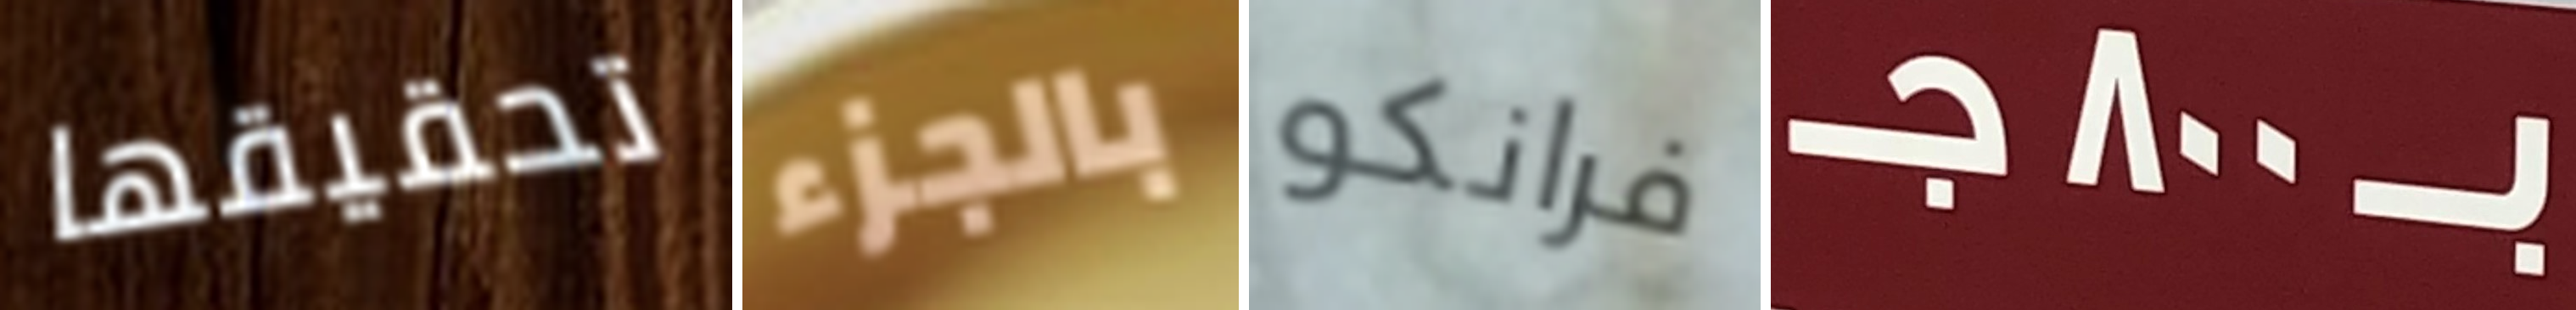
تحقيقها بالجزء فرانكو بـ800جـ